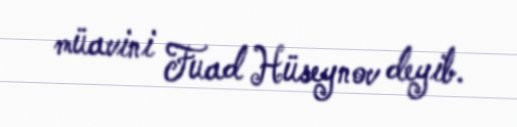
müavini Fuad Hüseynov deyib.